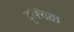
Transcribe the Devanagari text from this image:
वृ्श्चिक